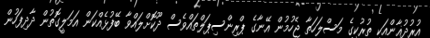
އުރުދުޣާންއަކީ ތުރުކީގެ މަސްލަހަތާ ޖެހުމުން އޭނާގެ ޕްރިންސިޕަލްތައްވެސް ދޫކޮށްލައްވާ ބޭފުޅެއްކަން އަމަލީގޮތުން ދާދިފަހުން